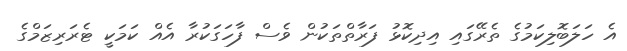
އެ ހަލަބޮލިކަމުގެ ތެރޭގައި އިދިކޮޅު ފަރާތްތަކުން ވެސް ފާހަގަކުރާ އެއް ކަމަކީ ޓެރަރިޒަމްގެ